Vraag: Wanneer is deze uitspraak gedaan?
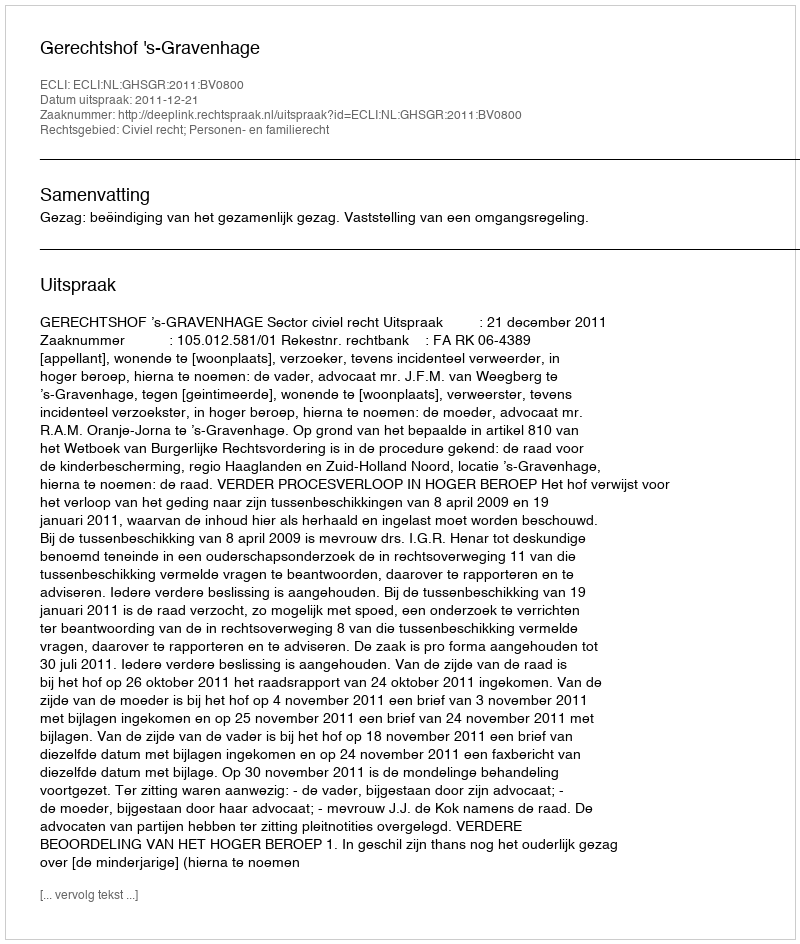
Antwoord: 2011-12-21